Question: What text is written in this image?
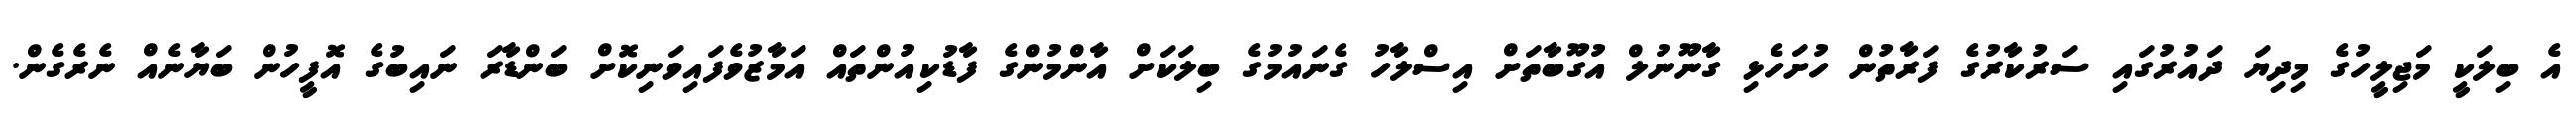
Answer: އެ ބިލަކީ މަޖިލީހުގެ މިދިޔަ ދައުރުގައި ސަރުކާރުގެ ފަރާތުން ހުށަހެޅި ގާނޫނުލް އުގޫބާތަށް އިސްލާހު ގެނައުމުގެ ބިލަކަށް އާންމުންގެ ފާޑުކިއުންތައް އަމާޒުވެފައިވަނިކޮށް ބަންޑާރަ ނައިބުގެ އޮފީހުން ބަޔާނެއް ނެރެގެން.